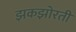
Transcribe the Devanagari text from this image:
झकझोरती